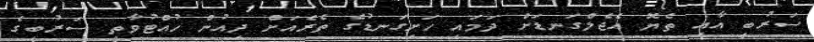
ސަރުބީ އާއި ތެޔޮ އެޖެލްގަނޑަށް ދަމައި ހަށިގަނޑުގެ ތެރެއަށް ދިއުން ހުއްޓުވާތީ ސަރުބީގެ